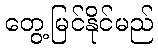
တွေ့မြင်နိုင်မည်